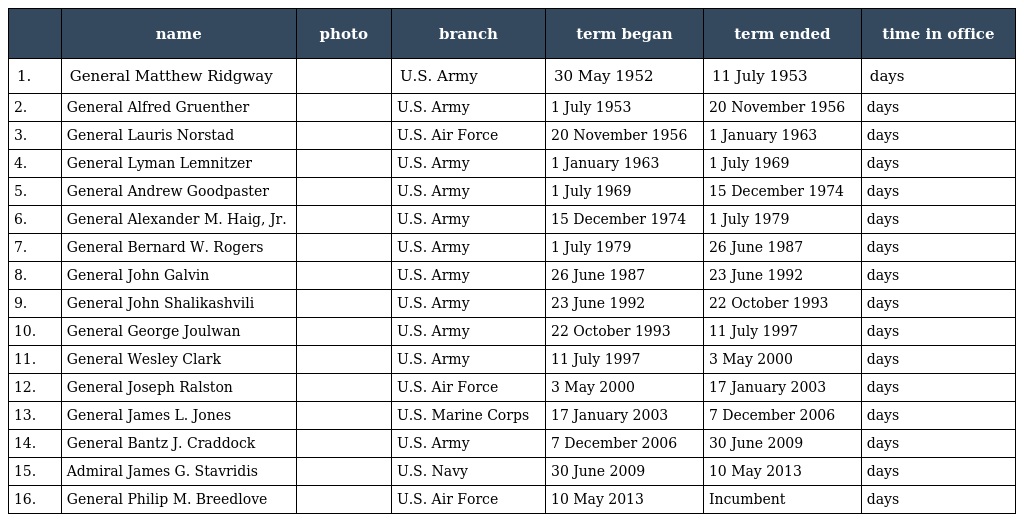
|  | name | photo | branch | term began | term ended | time in office |
 | --- | --- | --- | --- | --- | --- | --- |
 | 1. | General Matthew Ridgway |  | U.S. Army | 30 May 1952 | 11 July 1953 | days |
 | 2. | General Alfred Gruenther |  | U.S. Army | 1 July 1953 | 20 November 1956 | days |
 | 3. | General Lauris Norstad |  | U.S. Air Force | 20 November 1956 | 1 January 1963 | days |
 | 4. | General Lyman Lemnitzer |  | U.S. Army | 1 January 1963 | 1 July 1969 | days |
 | 5. | General Andrew Goodpaster |  | U.S. Army | 1 July 1969 | 15 December 1974 | days |
 | 6. | General Alexander M. Haig, Jr. |  | U.S. Army | 15 December 1974 | 1 July 1979 | days |
 | 7. | General Bernard W. Rogers |  | U.S. Army | 1 July 1979 | 26 June 1987 | days |
 | 8. | General John Galvin |  | U.S. Army | 26 June 1987 | 23 June 1992 | days |
 | 9. | General John Shalikashvili |  | U.S. Army | 23 June 1992 | 22 October 1993 | days |
 | 10. | General George Joulwan |  | U.S. Army | 22 October 1993 | 11 July 1997 | days |
 | 11. | General Wesley Clark |  | U.S. Army | 11 July 1997 | 3 May 2000 | days |
 | 12. | General Joseph Ralston |  | U.S. Air Force | 3 May 2000 | 17 January 2003 | days |
 | 13. | General James L. Jones |  | U.S. Marine Corps | 17 January 2003 | 7 December 2006 | days |
 | 14. | General Bantz J. Craddock |  | U.S. Army | 7 December 2006 | 30 June 2009 | days |
 | 15. | Admiral James G. Stavridis |  | U.S. Navy | 30 June 2009 | 10 May 2013 | days |
 | 16. | General Philip M. Breedlove |  | U.S. Air Force | 10 May 2013 | Incumbent | days |